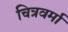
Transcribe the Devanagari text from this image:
चित्रवर्मा